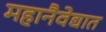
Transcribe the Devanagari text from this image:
महानैवेद्यात